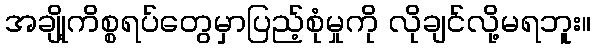
အချို့ကိစ္စရပ်တွေမှာပြည့်စုံမှုကို လိုချင်လို့မရဘူး။